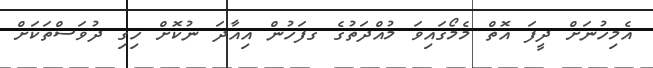
އެމިހުނަށް ދީފަ އޮތް މެމޯގައިވަ މުއްދަތުގެ ގފަހުން އިއާދަ ނުކޮށް ހިގި ދުވަސްތަކަށް